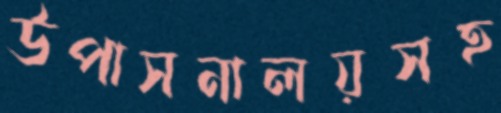
উপাসনালয়সহ